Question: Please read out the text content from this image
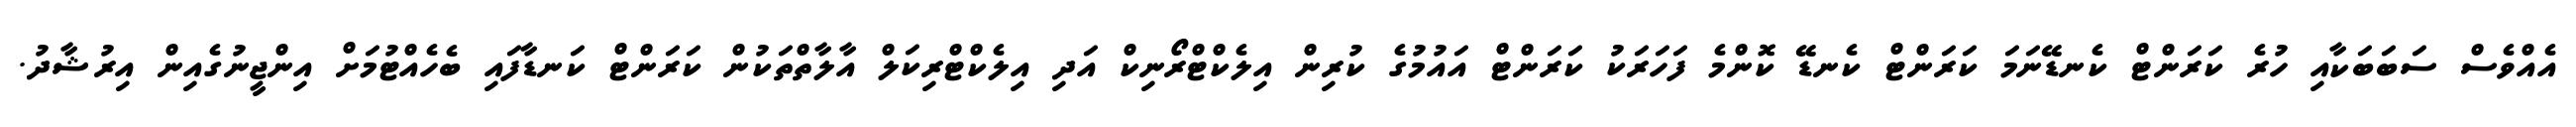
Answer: އެއްވެސް ސަބަބަކާއި ހުރެ ކަރަންޓް ކެނޑޭނަމަ ކަރަންޓް ކެނޑޭ ކޮންމެ ފަހަރަކު ކަރަންޓް އައުމުގެ ކުރިން އިލެކްޓްރޯނިކް އަދި އިލެކްޓްރިކަލް އާލާތްތަކުން ކަރަންޓް ކަނޑާފައި ބެހެއްޓުމަށް އިންޖީނުގެއިން އިރުޝާދު.